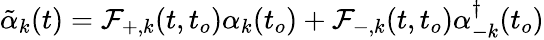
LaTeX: \tilde{\alpha}_{k}(t)={\cal{F}}_{+,k}(t,t_{o}){\alpha}_{k}(t_{o})+{\cal{F}}_{-,k}(t,t_{o}){\alpha}_{-k}^{\dagger}(t_{o})